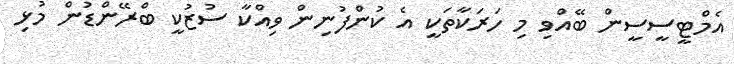
އެމްޓީސީސީން ބޭއްވި މި ހަރަކާތަކީ އެ ކުންފުނިން ވިއްކާ ސުޒުކީ ބްރޭންޑުން މުޅި